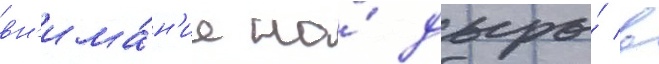
вн'има́н'ие на́ дыры́ в